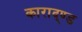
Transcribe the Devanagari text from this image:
काराद्ण्ड